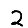
Digit: 2